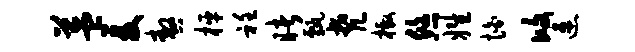
益爰嗷枰衽睹甄梵檄悠姓怕攸速